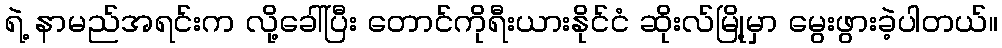
ရဲ့ နာမည်အရင်းက လို့ခေါ်ပြီး တောင်ကိုရီးယားနိုင်ငံ ဆိုးလ်မြို့မှာ မွေးဖွားခဲ့ပါတယ်။